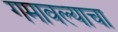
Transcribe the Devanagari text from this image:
गमावल्याचा